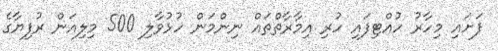
ފަށައި މިހާރު ހުއްޓިފައި ހުރި އިމާރާތްތައް ނިންމަން ހުޅުވާލި 500 މިލިއަން ރުފިޔާގެ